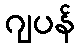
ဂျပန်